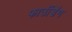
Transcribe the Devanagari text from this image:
फाउंडिंग